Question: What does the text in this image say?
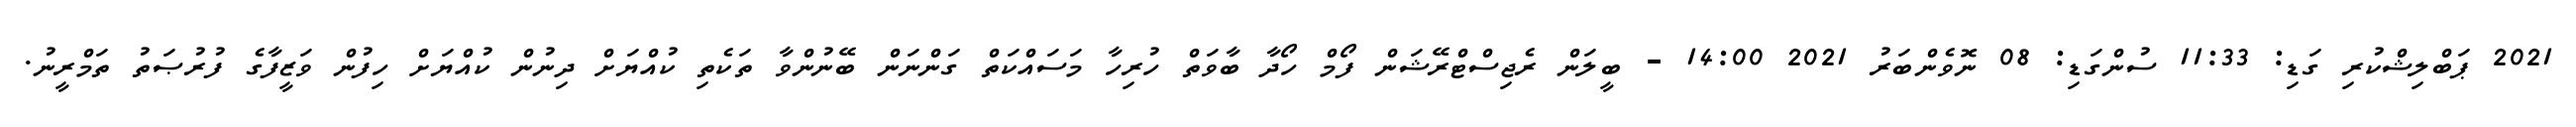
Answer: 2021 ޕަބްލިޝްކުރި ގަޑި: 11:33 ސުންގަޑި: 08 ނޮވެންބަރު 2021 14:00 - ބީލަން ރެޖިސްޓްރޭޝަން ފޯމް ހޯދާ ބާވަތް ހުރިހާ މަސައްކަތް ގަންނަން ބޭނުންވާ ތަކެތި ކުއްޔަށް ދިނުން ކުއްޔަށް ހިފުން ވަޒީފާގެ ފުރުޞަތު ތަމްރީނު.